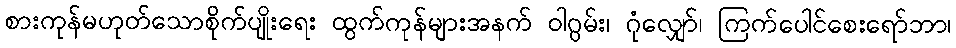
စားကုန်မဟုတ်သောစိုက်ပျိုးရေး ထွက်ကုန်များအနက် ဝါဂွမ်း၊ ဂုံလျှော်၊ ကြက်ပေါင်စေးရော်ဘာ၊